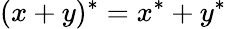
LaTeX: (x+y)^{*}=x^{*}+y^{*}